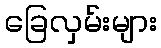
ခြေလှမ်းများ